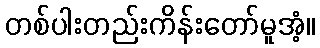
တစ်ပါးတည်းကိန်းတော်မူအံ့။